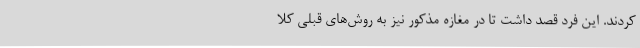
کردند. این فرد قصد داشت تا در مغازه مذکور نیز به روش‌های قبلی کلا